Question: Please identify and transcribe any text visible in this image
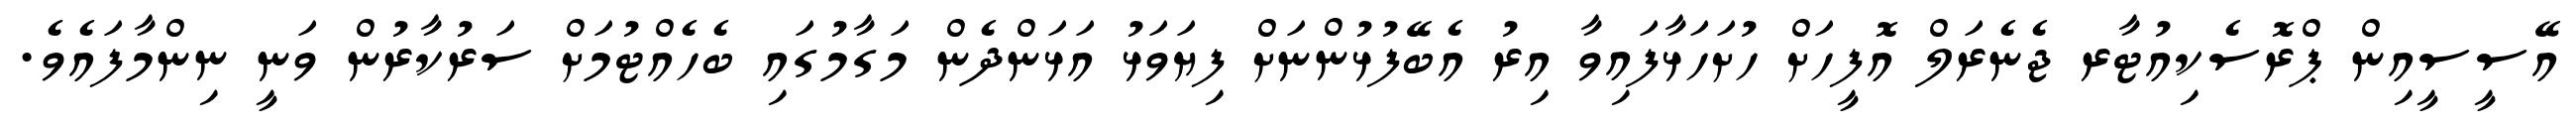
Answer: އޭސީސީއިން ޕްރޮސެކިއުޓާރ ޖެނެރަލް އޮފީހަށް ހުށަހަޅާފައިވާ އިރު އެބޭފުޅުންނަށް ފިޔަވަޅު އަޅަންދެން މަގާމުގައި ބެހެއްޓުމަށް ސަރުކާރުން ވަނީ ނިންމާފައެވެ.